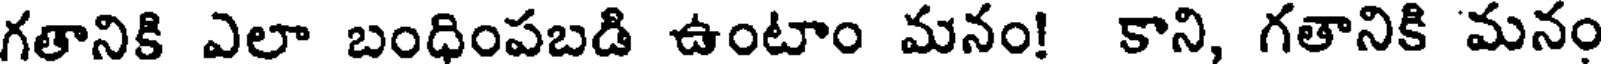
గతానికి ఎలా బంధింపబడి ఉంటాం మనం! కాని, గతానికి మనం